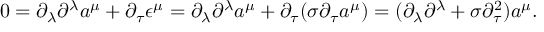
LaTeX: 0 = \partial _ { \lambda } \partial ^ { \lambda } a ^ { \mu } + \partial _ { \tau } \epsilon ^ { \mu } = \partial _ { \lambda } \partial ^ { \lambda } a ^ { \mu } + \partial _ { \tau } ( \sigma \partial _ { \tau } a ^ { \mu } ) = ( \partial _ { \lambda } \partial ^ { \lambda } + \sigma \partial _ { \tau } ^ { 2 } ) a ^ { \mu } .